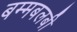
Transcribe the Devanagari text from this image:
बम्मबलबी